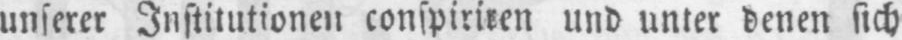
unserer Institutionen conspiriren und unter denen sich